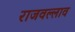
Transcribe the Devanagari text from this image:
राजवल्लाव